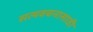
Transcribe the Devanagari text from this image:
सत्यवचनासाठी